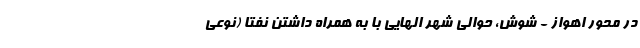
در محور اهواز - شوش، حوالی شهر الهایی با به همراه داشتن نفتا (نوعی